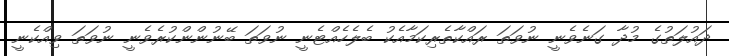
ދައުލަތުގެ މުދާ ގަނެވެނީ ނުވަތަ ރައްކާތެރިކަމާއެކު ބެލެހެއްޓެނީ ނުވަތަ ބޭނުންންކުރެވެނީ ނުވަތަ ވިއްކެނީ